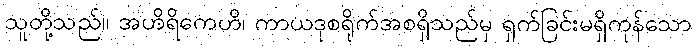
သူတို့သည်။ အဟိရိကေဟိ၊ ကာယဒုစရိုက်အစရှိသည်မှ ရှက်ခြင်းမရှိကုန်သော